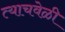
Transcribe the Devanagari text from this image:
त्‍याचवेळी